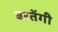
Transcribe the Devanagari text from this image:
बरतेंगी